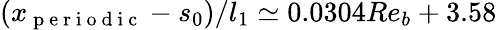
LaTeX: (x_{\mathrm{~p~e~r~i~o~d~i~c~}}-s_{0})/l_{1}\simeq 0.0304Re_{b}+3.58